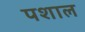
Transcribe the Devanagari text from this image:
पशाल